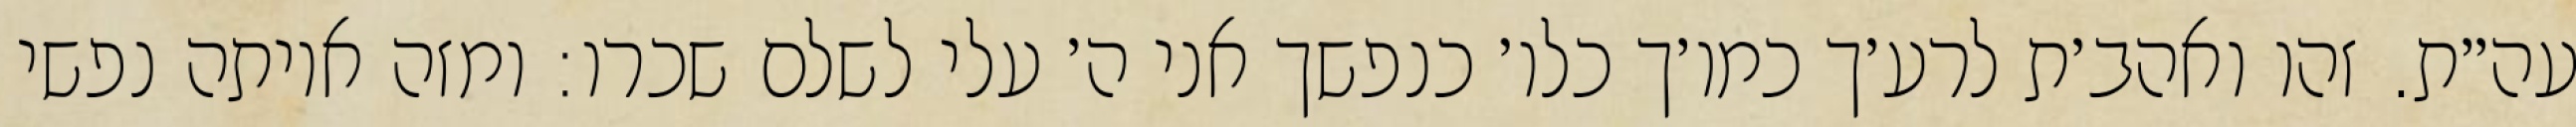
עה״ת. זהו ואהב׳ת לרע׳ך כמו׳ך כלו׳ כנפשך אני ה׳ עלי לשלם שכרו: ומזה איותה נפשי